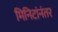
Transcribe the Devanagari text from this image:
मिनिटांनंतर